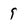
Character: 9